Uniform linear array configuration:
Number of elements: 16
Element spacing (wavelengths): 1
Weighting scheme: hann
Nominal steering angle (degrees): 15
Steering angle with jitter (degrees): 16.047
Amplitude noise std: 0.05
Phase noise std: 0.05

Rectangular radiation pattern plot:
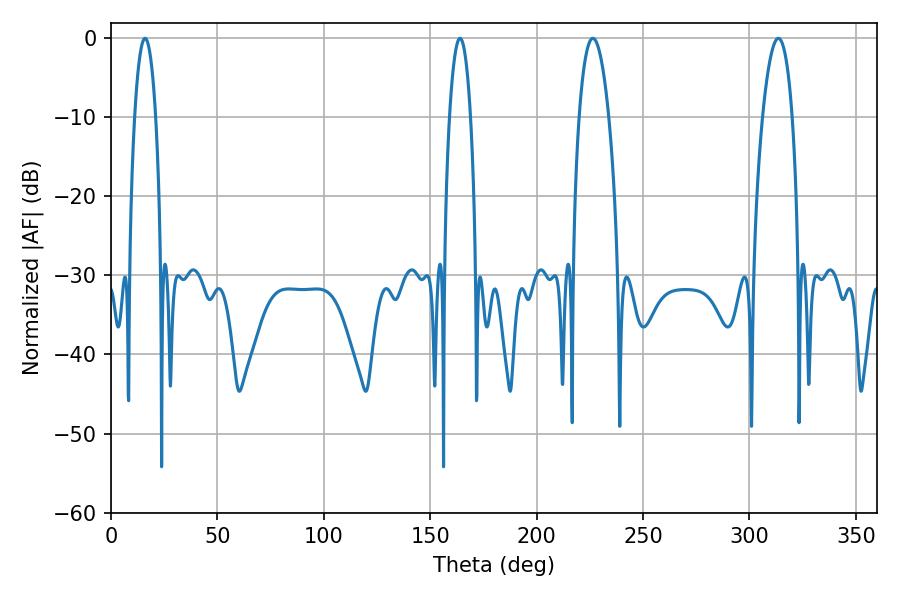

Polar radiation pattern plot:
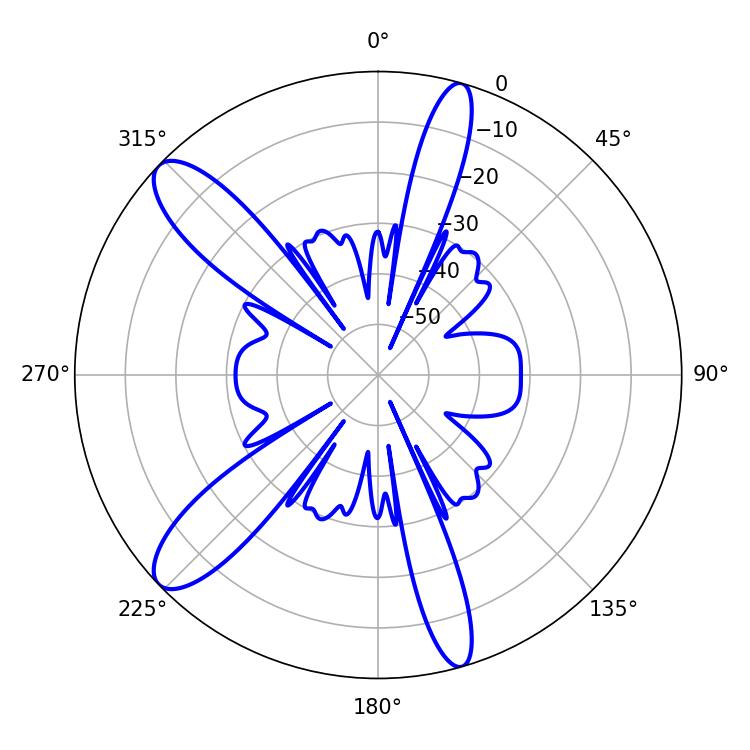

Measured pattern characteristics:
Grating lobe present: TRUE
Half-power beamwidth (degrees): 7.74
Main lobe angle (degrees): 226.44